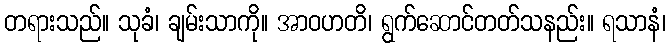
တရားသည်။ သုခံ၊ ချမ်းသာကို။ အာဝဟတိ၊ ရွက်ဆောင်တတ်သနည်း။ ရသာနံ၊